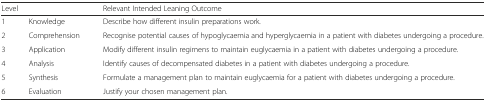
<table><thead><tr><td colspan="2"><b>Level</b></td><td><b>Relevant Intended Leaning Outcome</b></td></tr></thead><tbody><tr><td>1</td><td>Knowledge</td><td>Describe how different insulin preparations work.</td></tr><tr><td>2</td><td>Comprehension</td><td>Recognise potential causes of hypoglycaemia and hyperglycaemia in a patient with diabetes undergoing a procedure.</td></tr><tr><td>3</td><td>Application</td><td>Modify different insulin regimens to maintain euglycaemia in a patient with diabetes undergoing a procedure.</td></tr><tr><td>4</td><td>Analysis</td><td>Identify causes of decompensated diabetes in a patient with diabetes undergoing a procedure.</td></tr><tr><td>5</td><td>Synthesis</td><td>Formulate a management plan to maintain euglycaemia for a patient with diabetes undergoing a procedure.</td></tr><tr><td>6</td><td>Evaluation</td><td>Justify your chosen management plan.</td></tr></tbody></table>